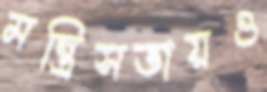
মন্ত্রিসভায়ও